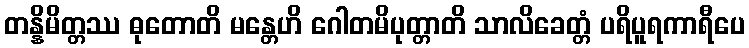
တန္နိမိတ္တဿ ဓုတောတိ မန္တေဟိ ဂေါတမိပုတ္တာတိ သာလိခေတ္တံ ပရိပူရကာရီပေ